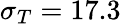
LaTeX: \sigma_{T}=17.3